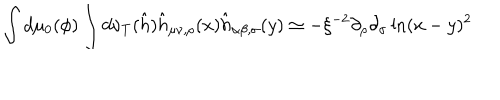
LaTeX: \int d \mu _ { 0 } ( \phi ) \int d \nu _ { T } ( \hat { h } ) \hat { h } _ { \mu \nu , \rho } ( x ) \hat { h } _ { \alpha \beta , \sigma } ( y ) \simeq - \xi ^ { - 2 } \partial _ { \rho } \partial _ { \sigma } \ln ( x - y ) ^ { 2 }